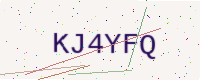
Text: KJ4YFQ